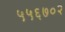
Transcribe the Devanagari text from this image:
५५६७०२